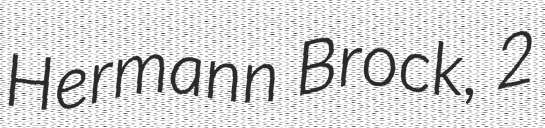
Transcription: Hermann Brock, 2